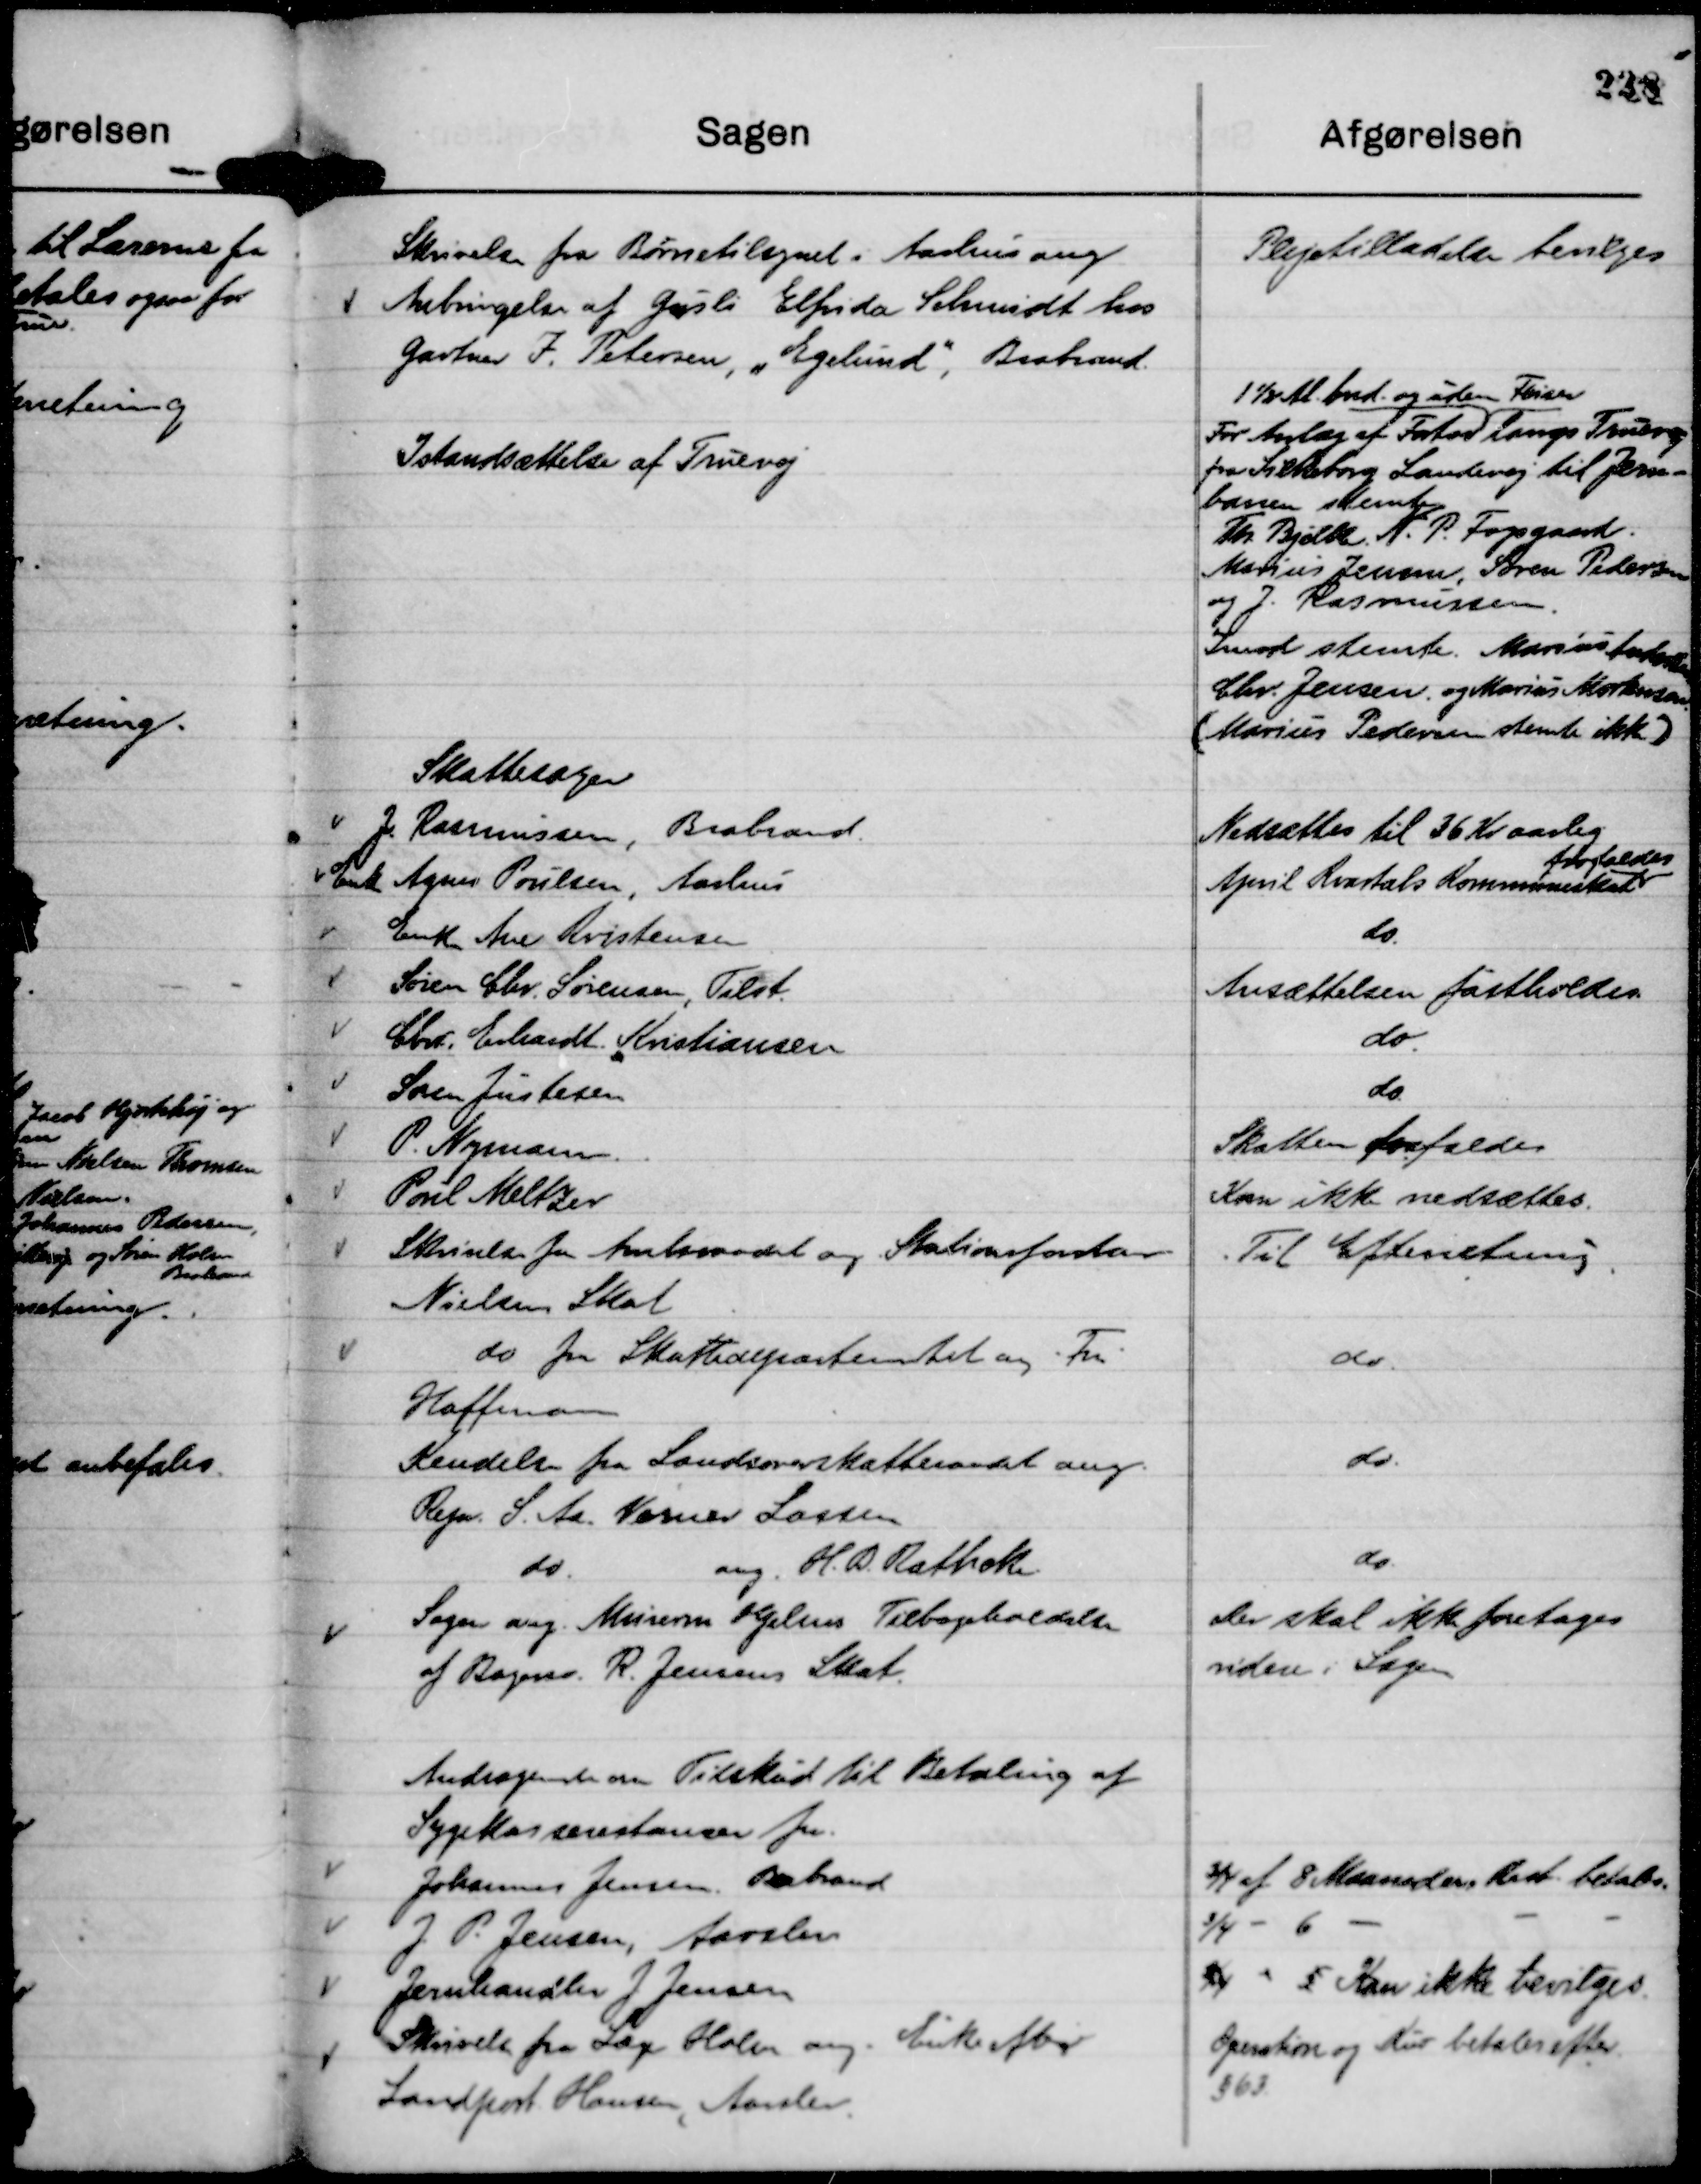
Transskription:
Skrivelse fra Børnetilsynet i Aarhus ang
Anbringelse af Gurli Elfrida Schmidt hos
Gartner I. Petersen, "Egelund"

Brabrand.

Plejetilladelse bevilges

Istandsættelse af Truevej

For Anlæg af Fortov
1½ Al. bred og uden Fliser
langs Truevej
fra Silkeborg Landevej til Jern-
banen stemte
Th Bjelke N. P. Fogsgaard.
Marius Jensen, Søren Pedersen
og J. Rasmussen.
Imod stemte Marius Andersen
Chr. Jensen og Marius Mortensen
( Marius Pedersen stemte ikke )